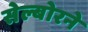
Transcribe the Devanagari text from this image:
सेल्बोरने